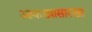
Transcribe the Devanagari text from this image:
आकड्यासारखा